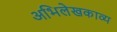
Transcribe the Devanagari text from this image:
अभिलेखकाव्य